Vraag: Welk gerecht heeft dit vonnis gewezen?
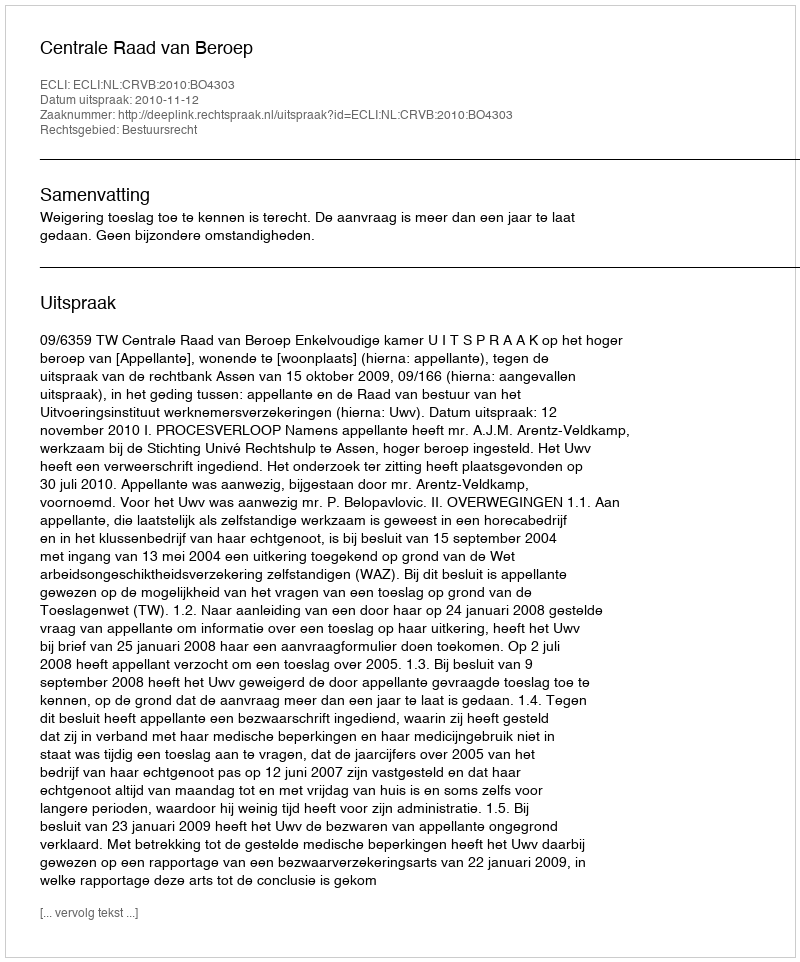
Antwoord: Centrale Raad van Beroep